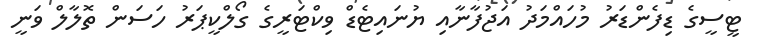
ޓީސީގެ ޑިފެންޑަރު މުހައްމަދު އަޖުފާނާއި ޔުނައިޓެޑް ވިކްޓަރީގެ ގޯލްކީޕަރު ހަސަން ތޮލާލް ވަނީ